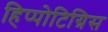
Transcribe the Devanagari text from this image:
हिप्पोटिग्रिस